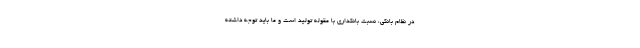
در نظام بانکی، نسبت بانکداری با مقوله تولید است و ما باید توجه داشته